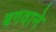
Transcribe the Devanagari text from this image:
बगवाने